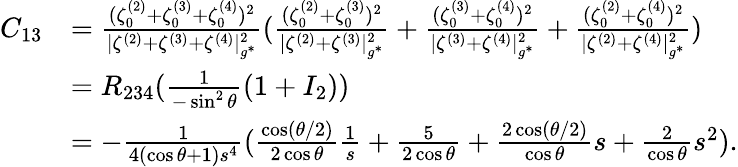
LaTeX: \begin{array}{rl}{C_{13}}&{=\frac{(\zeta_{0}^{(2)}+\zeta_{0}^{(3)}+\zeta_{0}^{(4)})^{2}}{|\zeta^{(2)}+\zeta^{(3)}+\zeta^{(4)}|_{g^{*}}^{2}}(\frac{(\zeta_{0}^{(2)}+\zeta_{0}^{(3)})^{2}}{|\zeta^{(2)}+\zeta^{(3)}|_{g^{*}}^{2}}+\frac{(\zeta_{0}^{(3)}+\zeta_{0}^{(4)})^{2}}{|\zeta^{(3)}+\zeta^{(4)}|_{g^{*}}^{2}}+\frac{(\zeta_{0}^{(2)}+\zeta_{0}^{(4)})^{2}}{|\zeta^{(2)}+\zeta^{(4)}|_{g^{*}}^{2}})}\\ &{=R_{234}(\frac{1}{-\sin^{2}\theta}(1+I_{2}))}\\ &{=-\frac{1}{4(\cos\theta+1)s^{4}}(\frac{\cos({\theta}/{2})}{2\cos\theta}\frac{1}{s}+\frac{5}{2\cos\theta}+\frac{2\cos({\theta}/{2})}{\cos\theta}s+\frac{2}{\cos\theta}s^{2}).}\end{array}